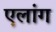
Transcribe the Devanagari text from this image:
एलांग